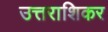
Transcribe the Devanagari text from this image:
उत्तराशिकर